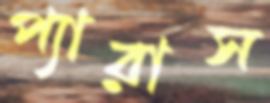
প্যারাস